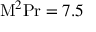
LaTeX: \mathrm { M } ^ { 2 } \mathrm { P r } = 7 . 5